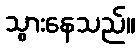
သွားနေသည်။